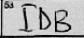
Transcription: IDB